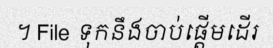
។ File ទុកនឹងចាប់ផ្តើមដើរ